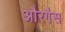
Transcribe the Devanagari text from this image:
औरगैस